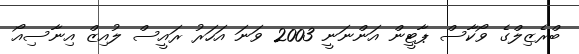
ބްރެޒިލްގެ ވޯކާސް ޕާޓީން އަންނަނީ 2003 ވަނަ އަހަރު ރައީސް ލުއިޒް އިނާސިއޯ